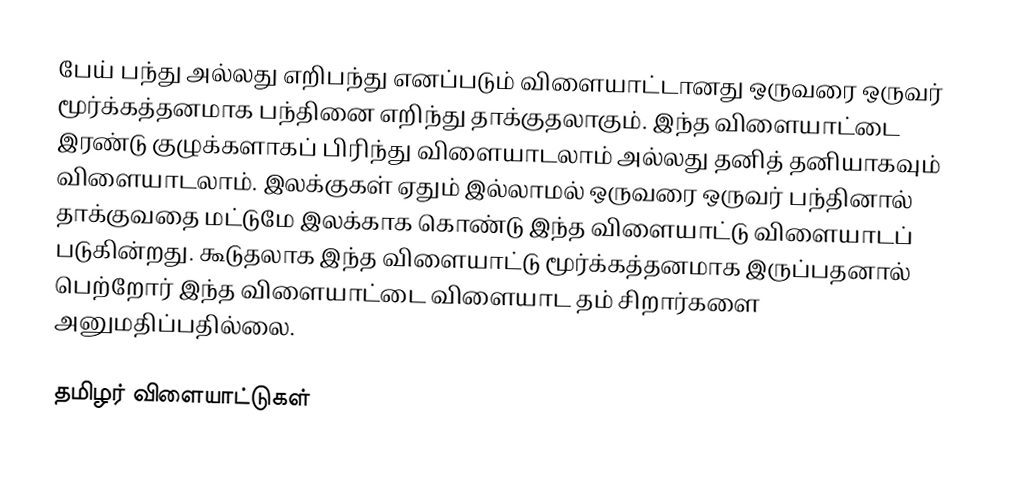
பேய் பந்து அல்லது எறிபந்து எனப்படும் விளையாட்டானது ஒருவரை ஒருவர் மூர்க்கத்தனமாக பந்தினை எறிந்து தாக்குதலாகும். இந்த விளையாட்டை இரண்டு குழுக்களாகப் பிரிந்து விளையாடலாம் அல்லது தனித் தனியாகவும் விளையாடலாம். இலக்குகள் ஏதும் இல்லாமல் ஒருவரை ஒருவர் பந்தினால் தாக்குவதை மட்டுமே இலக்காக கொண்டு இந்த விளையாட்டு விளையாடப் படுகின்றது. கூடுதலாக இந்த விளையாட்டு மூர்க்கத்தனமாக இருப்பதனால் பெற்றோர் இந்த விளையாட்டை விளையாட தம் சிறார்களை அனுமதிப்பதில்லை.

தமிழர் விளையாட்டுகள்